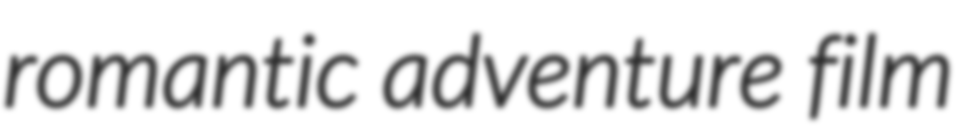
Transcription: romantic adventure film